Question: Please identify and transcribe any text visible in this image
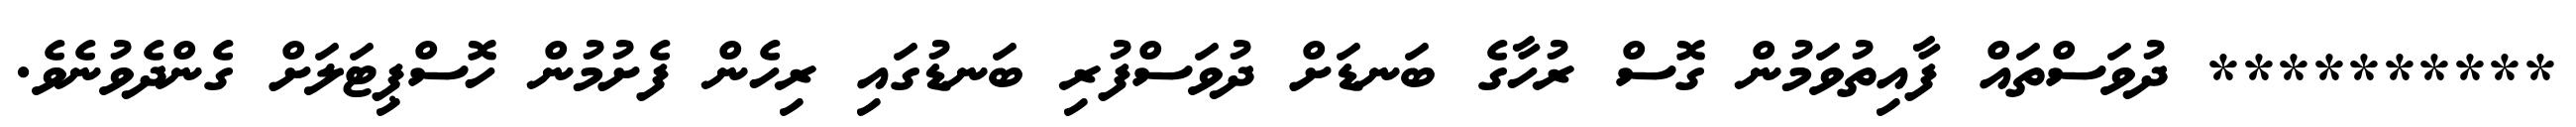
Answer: ********** ދުވަސްތައް ފާއިތުވަމުން ގޮސް ރުހާގެ ބަނޑަށް ދުވަސްފުރި ބަނޑުގައި ރިހެން ފެށުމުން ހޮސްޕިޓަލަށް ގެންދެވުނެވެ.